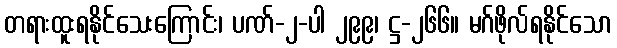
တရားထူးရနိုင်သေးကြောင်း၊ ပဏ်-၂-ပါ ၂၉၉၊ ဋ္ဌ-၂၆၆။ မဂ်ဖိုလ်ရနိုင်သော